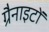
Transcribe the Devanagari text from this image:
ग्रैनाइटों